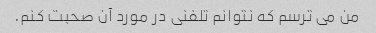
من می ترسم که نتوانم تلفنی در مورد آن صحبت کنم.